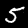
Digit: 5